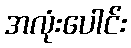
အလုံးပေါင်း